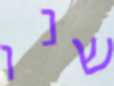
שנו